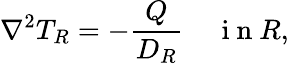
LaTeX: \nabla^{2}T_{R}=-\frac{Q}{D_{R}}\; \; \; \; \mathrm{~i~n~}R,